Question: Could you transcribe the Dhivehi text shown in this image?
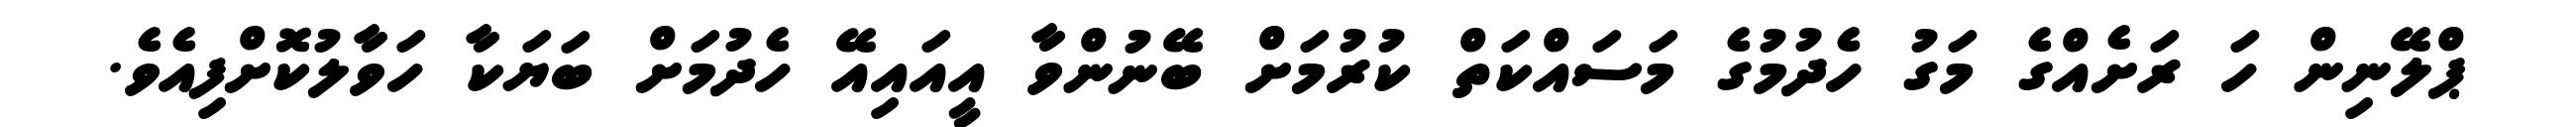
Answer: ޕްލޭނިން ހަ ރަށެއްގެ މަގު ހެދުމުގެ މަސައްކަތް ކުރުމަށް ބޭނުންވާ އީއައިއޭ ހެދުމަށް ބަޔަކާ ހަވާލުކޮށްފިއެވެ.